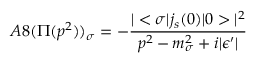
A 8 ( \Pi ( p ^ { 2 } ) ) _ { \sigma } = - \frac { | < \sigma | j _ { s } ( 0 ) | 0 > | ^ { 2 } } { p ^ { 2 } - m _ { \sigma } ^ { 2 } + i | \epsilon ^ { \prime } | }